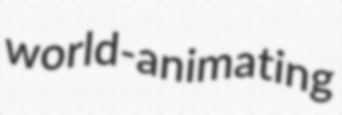
world-animating